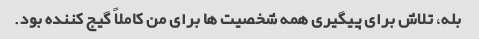
بله، تلاش برای پیگیری همه شخصیت ها برای من کاملاً گیج کننده بود.